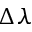
\Delta \lambda